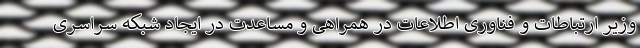
وزیر ارتباطات و فناوری اطلاعات در همراهی و مساعدت در ایجاد شبکه سراسری